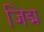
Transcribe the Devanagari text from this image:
जिद्म